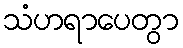
သံဟရာပေတွာ